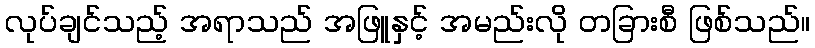
လုပ်ချင်သည့် အရာသည် အဖြူနှင့် အမည်းလို တခြားစီ ဖြစ်သည်။